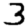
Digit: 3